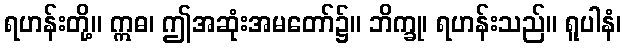
ရဟန်းတို့။ ဣဓ၊ ဤအဆုံးအမတော်၌။ ဘိက္ခု၊ ရဟန်းသည်။ ရူပါနံ၊